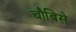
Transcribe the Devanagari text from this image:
चौबिसे